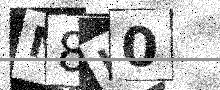
Text: M8U0